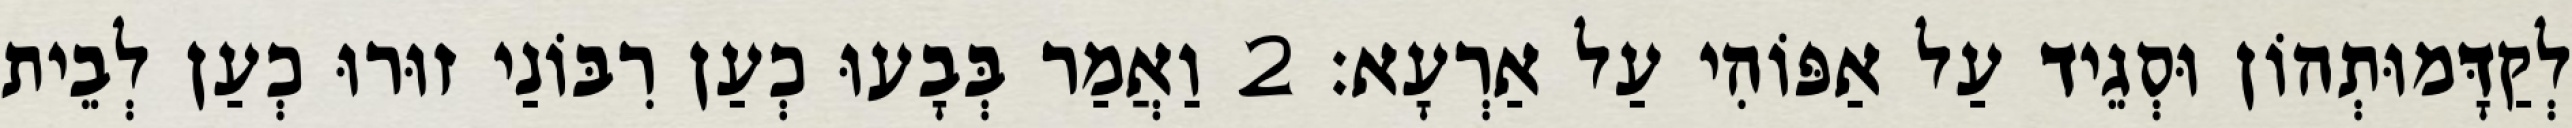
לְקַדָּמוּתְהוֹן וּסְגֵיד עַל אַפּוֹהִי עַל אַרְעָא׃ 2 וַאֲמַר בְּבָעוּ כְעַן רִבּוֹנַי זוּרוּ כְעַן לְבֵית